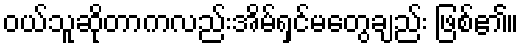
ဝယ်သူဆိုတာကလည်းအိမ်ရှင်မတွေချည်း ဖြစ်၏။